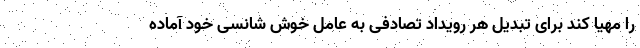
را مهیا کند برای تبدیل هر رویداد تصادفی به عامل خوش شانسی خود آماده